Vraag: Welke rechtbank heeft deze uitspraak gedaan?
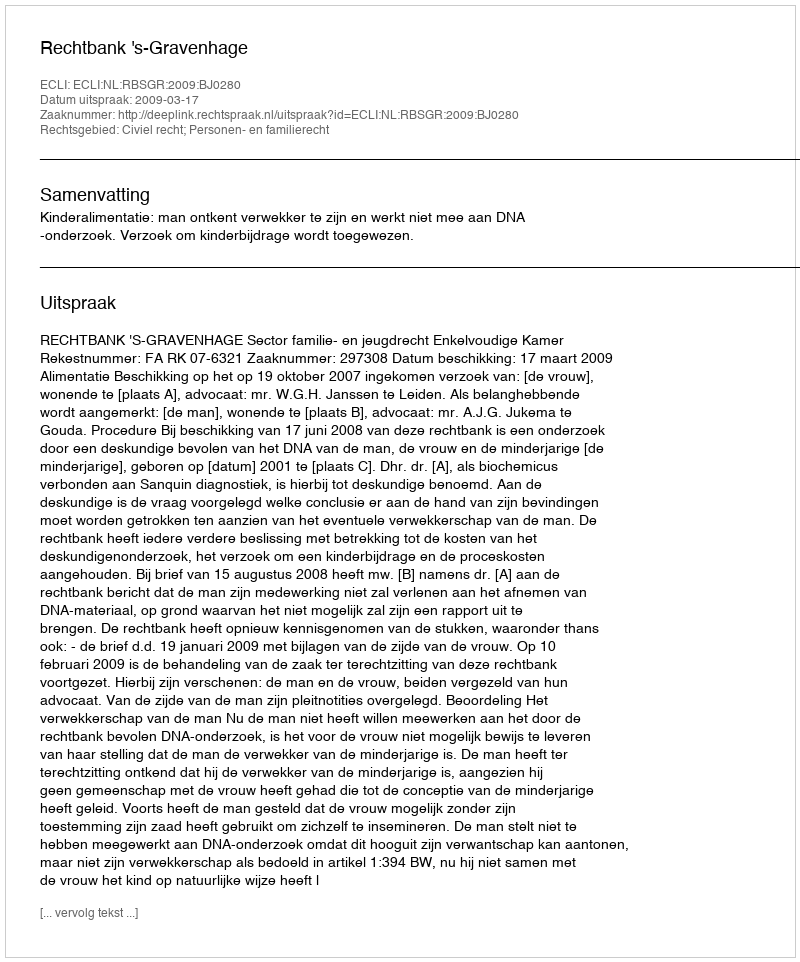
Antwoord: Rechtbank 's-Gravenhage